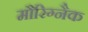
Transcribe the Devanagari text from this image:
मौरिग्नैक